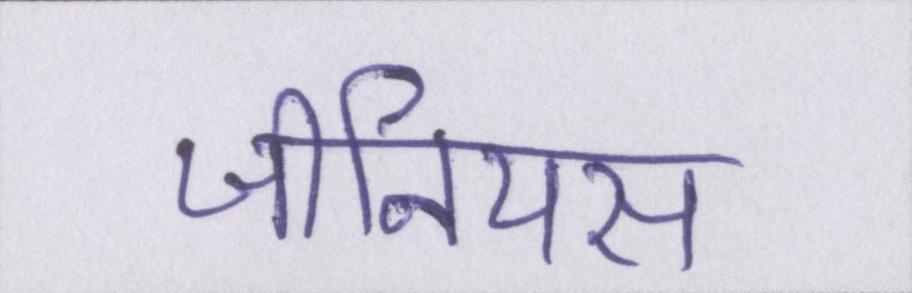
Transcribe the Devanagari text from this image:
जीनियस